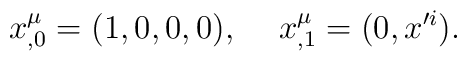
x^\mu_{,0}=(1,0,0,0),\hspace*{5mm}x^\mu_{,1}=(0,x'^i).